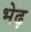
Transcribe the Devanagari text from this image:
भेढ़